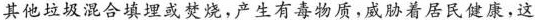
其他垃圾混合填埋或焚烧，产生有毒物质，威胁着居民健康，这